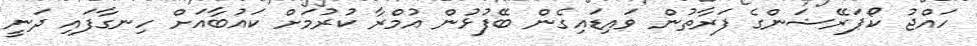
ހައްޖު ކޯޕަރޭޝަންގެ ފަރާތުން ވައިޑައިގެން ބޭފުޅުން އުމްރާ ކުރުމަށް ކައުބާއަށް ހިނގާފައި ދަނީ